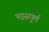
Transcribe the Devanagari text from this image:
षड्रसपुर्ण